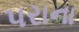
પરાના